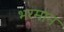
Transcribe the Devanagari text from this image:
भरमान